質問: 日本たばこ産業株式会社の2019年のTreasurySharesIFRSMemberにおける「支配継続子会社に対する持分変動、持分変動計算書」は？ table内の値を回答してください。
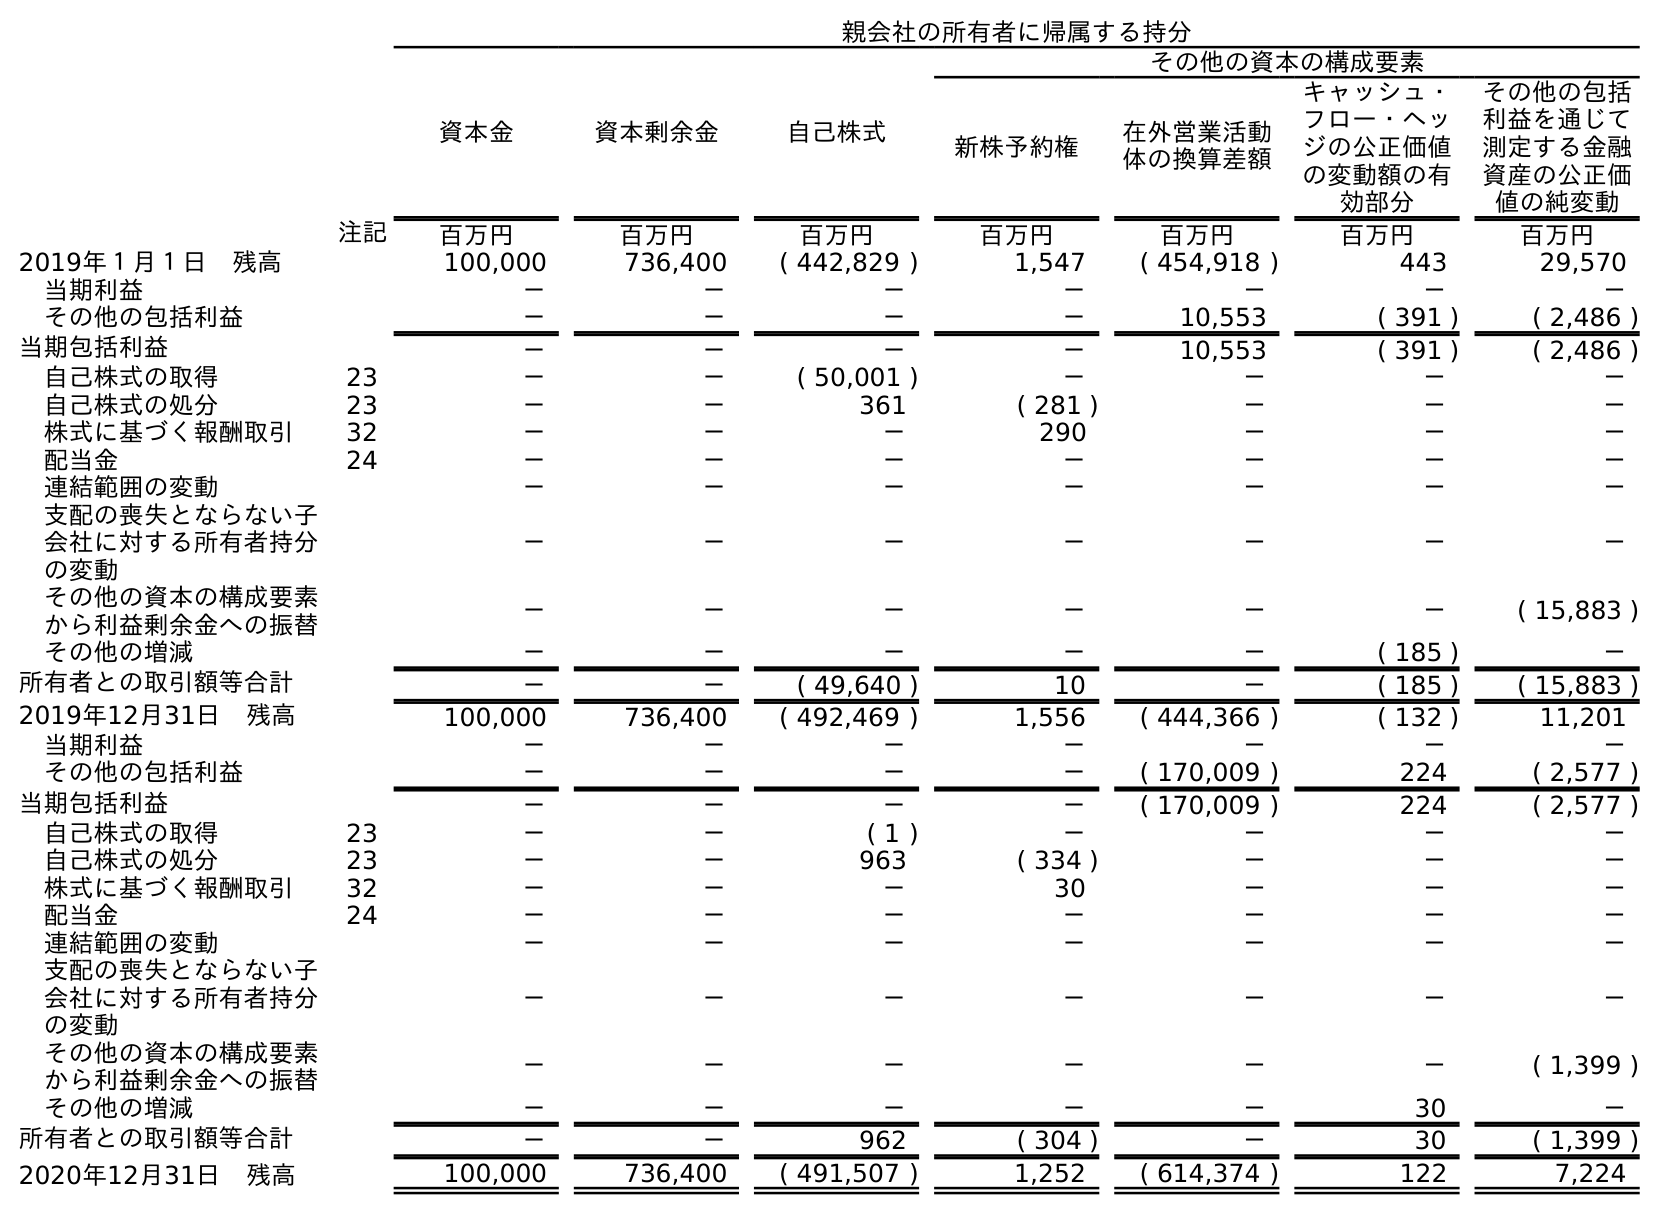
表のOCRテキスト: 親会社の所有者に帰属する持分 資本金 資本剰余金 自己株式 その他の資本の構成要素 新株予約権 在外営業活動 体の換算差額 キャッシュ・ フロー・ヘッ ジの公正価値 の変動額の有 効部分 その他の包括 利益を通じて 測定する金融 資産の公正価 値の純変動 注記 百万円 百万円 百万円 百万円 百万円 百万円 百万円 2019年１月１日 残高 100,000 736,400 ( 442,829 ) 1,547 ( 454,918 ) 443 29,570 当期利益 － － － － － － － その他の包括利益 － － － － 10,553 ( 391 ) ( 2,486 ) 当期包括利益 － － － － 10,553 ( 391 ) ( 2,486 ) 自己株式の取得 23 － － ( 50,001 ) － － － － 自己株式の処分 23 － － 361 ( 281 ) － － － 株式に基づく報酬取引 32 － － － 290 － － － 配当金 24 － － － － － － － 連結範囲の変動 － － － － － － － 支配の喪失とならない子 会社に対する所有者持分 の変動 － － － － － － － その他の資本の構成要素 から利益剰余金への振替 － － － － － － ( 15,883 ) その他の増減 － － － － － ( 185 ) － 所有者との取引額等合計 － － ( 49,640 ) 10 － ( 185 ) ( 15,883 ) 2019年12月31日 残高 100,000 736,400 ( 492,469 ) 1,556 ( 444,366 ) ( 132 ) 11,201 当期利益 － － － － － － － その他の包括利益 － － － － ( 170,009 ) 224 ( 2,577 ) 当期包括利益 － － － － ( 170,009 ) 224 ( 2,577 ) 自己株式の取得 23 － － ( 1 ) － － － － 自己株式の処分 23 － － 963 ( 334 ) － － － 株式に基づく報酬取引 32 － － － 30 － － － 配当金 24 － － － － － － － 連結範囲の変動 － － － － － － － 支配の喪失とならない子 会社に対する所有者持分 の変動 － － － － － － － その他の資本の構成要素 から利益剰余金への振替 － － － － － － ( 1,399 ) その他の増減 － － － － － 30 － 所有者との取引額等合計 － － 962 ( 304 ) － 30 ( 1,399 ) 2020年12月31日 残高 100,000 736,400 ( 491,507 ) 1,252 ( 614,374 ) 122 7,224
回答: －